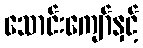
သောင်းကျော်နှင့်